Leaving Certificate Examination (including Day School Certificate (Higher) General paper), 1936
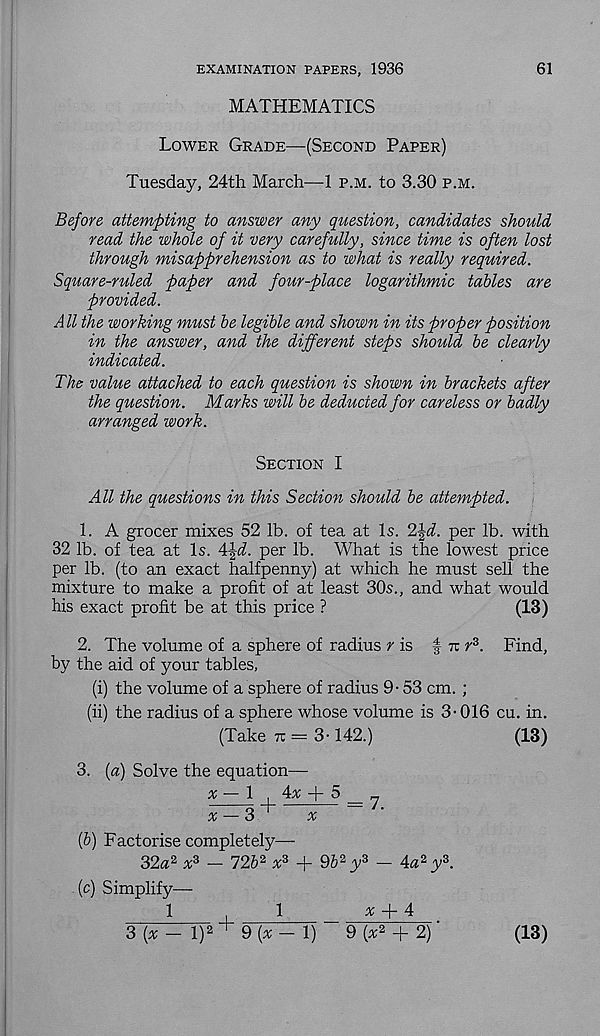
EXAMINATION PAPERS, 1936
MATHEMATICS
61
Lower Grade—(Second Paper)
Tuesday, 24th March—1 p.m. to 3.30 p.m.
Before attempting to answer any question, candidates should
read the whole of it very carefully, since time is often lost
through misapprehension as to what is really required.
Square-ruled paper and four-place logarithmic tables are
provided.
All the working must be legible and shown in its proper position
in the answer, and the different steps should be clearly
indicated.
The value attached to each question is shown in brackets after
the question. Marks will be deducted for careless or badly
arranged work.
Section I
All the questions in this Section should be attempted.
1. A grocer mixes 52 lb. of tea at Is. 2^d. per lb. with
32 lb. of tea at Is. A\d. per lb. What is the lowest price
per lb. (to an exact halfpenny) at which he must sell the
mixture to make a profit of at least 30s., and what would
his exact profit be at this price ?
(13)
2. The volume of a sphere of radius / is f tt r 3 . Find,
by the aid of your tables,
(i) the volume of a sphere of radius 9- 53 cm. ;
(ii) the radius of a sphere whose volume is 3-016 cu. in.
(Take 7r= 3-142.)
(13)
3. [a) Solve the equation—
x—\
Ax + 5 _ n
x — 3'
x
(b) Factorise completely—-
32a 2 x 3 — 72b 2 x 3 -f Qb 2 y 3 — Aa 2 y 3 .
(c) Simplify—
1
1
x f- A
3 [x — l) 2 + 9 (* - 1)
9 [x 2 + 2)'
(13)